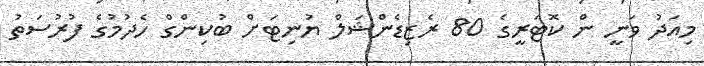
މިއަދު ވަނީ ން ކޮޓަރީގެ 80 ރެޒިޑެންޝަލް ޔުނިޓަށް ބުކިންގް ހެދުމުގެ ފުރުސަތު